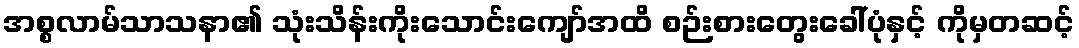
အစ္စလာမ်သာသနာ၏ သုံးသိန်းကိုးသောင်းကျော်အထိ စဉ်းစားတွေးခေါ်ပုံနှင့် ကိုမှတဆင့်